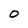
Character: 0